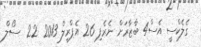
ގެލެކްސީ އެސް4 ބާޒާރަށް ނެރެފި 26 އެޕްރީލް 2013 22  ސޯލް